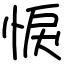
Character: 悷